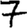
Digit: 7